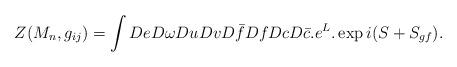
LaTeX: \begin{align*}Z(M_{n},g_{ij})=\int DeD\omega DuDvD\bar{f}DfDcD\bar{c}.e^{L}.\exp i(S+S_{gf}).\end{align*}